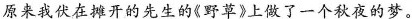
原来我伏在摊开的先生的《野草》上做了一个秋夜的梦。